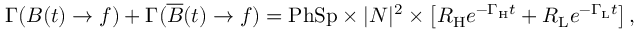
\Gamma ( B ( t ) \to f ) + \Gamma ( \overline { { { B } } } ( t ) \to f ) = \mathrm { P h S p } \times | { \cal N } | ^ { 2 } \times \left[ R _ { \mathrm { H } } e ^ { - \Gamma _ { \mathrm { H } } t } + R _ { \mathrm { L } } e ^ { - \Gamma _ { \mathrm { L } } t } \right] ,